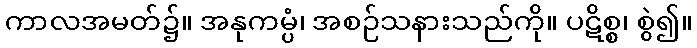
ကာလအမတ်၌။ အနုကမ္ပံ၊ အစဉ်သနားသည်ကို။ ပဋိစ္စ၊ စွဲ၍။